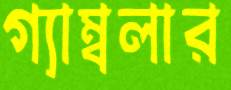
গ্যাম্বলার